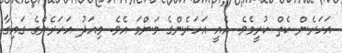
އަހަރެން ކެތް ކުރީމެވެ. އެއީ އަހަރެންގެ މަންމަ އެވެ. މިއަދު އަހަރެންގެ ގައިގާ